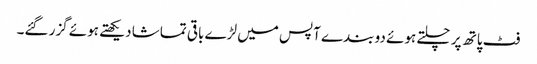
فٹ پاتھ پر چلتے ہوئے دو بندے آپس میں لڑے باقی تماشا دیکھتے ہوئے گزر گئے۔